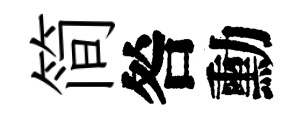
简咎勳